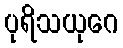
ပုရိသယုဂေ